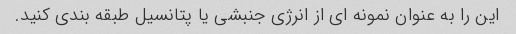
این را به عنوان نمونه ای از انرژی جنبشی یا پتانسیل طبقه بندی کنید.